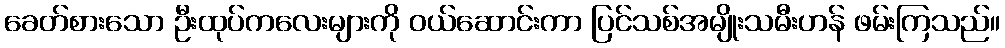
ခေတ်စားသော ဦးထုပ်ကလေးများကို ဝယ်ဆောင်းကာ ပြင်သစ်အမျိုးသမီးဟန် ဖမ်းကြသည်။